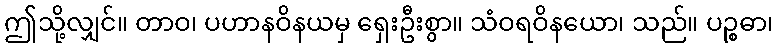
ဤသို့လျှင်။ တာဝ၊ ပဟာနဝိနယမှ ရှေးဦးစွာ။ သံဝရဝိနယော၊ သည်။ ပဉ္စဓာ၊